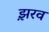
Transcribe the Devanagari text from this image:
झ़रव